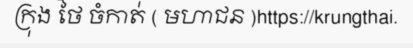
ក្រុង ថៃ ចំកាត់ ( មហាជន )https://krungthai.